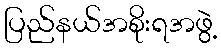
ပြည်နယ်အစိုးရအဖွဲ့